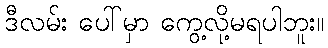
ဒီလမ်း ပေါ်မှာ ကွေ့လို့မရပါဘူး။